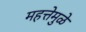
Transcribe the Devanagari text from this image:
महत्तेमुळे